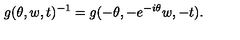
g ( \theta , w , t ) ^ { - 1 } = g ( - \theta , - e ^ { - i \theta } w , - t ) .